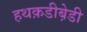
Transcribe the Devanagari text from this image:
हथक़डीब़ेडी